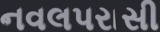
નવલપરાસી